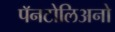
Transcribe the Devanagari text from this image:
पॅनटोलिअनो